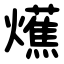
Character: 爑